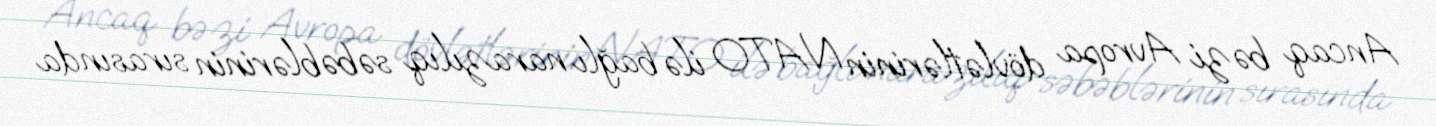
Ancaq bəzi Avropa dövlətlərinin NATO ilə bağlı narazılıq səbəblərinin sırasında